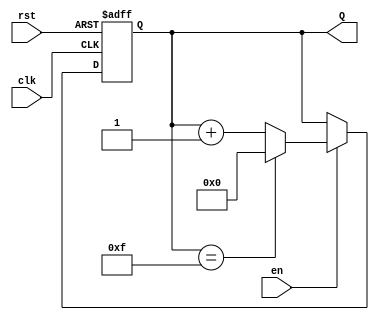
module up_counter_with_enable #(
    parameter N = 4 // Number of bits for the counter
)(
    input wire clk,       // Clock signal
    input wire en,        // Enable signal
    input wire rst,       // Asynchronous reset signal
    output reg [N-1:0] Q  // n-bit output count
);

    // Always block triggered on the rising edge of the clock or the reset signal
    always @(posedge clk or posedge rst) begin
        if (rst) begin
            Q <= 0; // Reset the counter to 0
        end else if (en) begin
            Q <= (Q == (1 << N) - 1) ? 0 : Q + 1; // Increment or roll over
        end
    end

endmodule